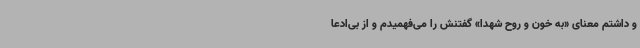
و داشتم معنای «به خون و روح شهدا» گفتنش را می‌فهمیدم و از بی‌ادعا